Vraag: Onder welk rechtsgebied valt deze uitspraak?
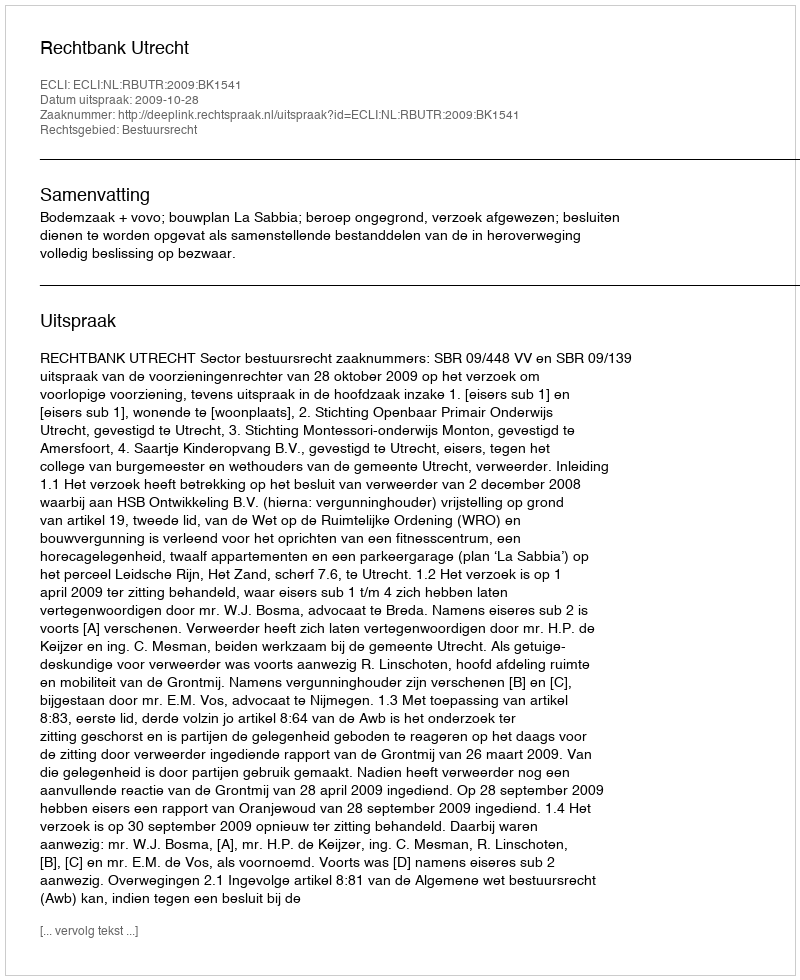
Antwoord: Bestuursrecht